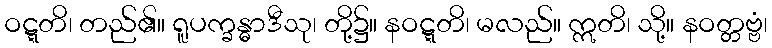
ဝဋ္ဋတိ၊ တည်၏။ ရူပက္ခန္ဓာဒီသု၊ တို့၌။ နဝဋ္ဋတိ၊ မလည်။ ဣတိ၊ သို့။ နဝတ္တဗ္ဗံ၊